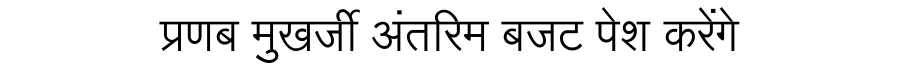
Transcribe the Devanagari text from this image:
प्रणब मुखर्जी अंतरिम बजट पेश करेंगे